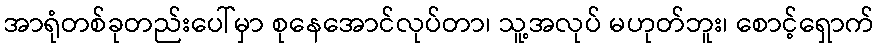
အာရုံတစ်ခုတည်းပေါ်မှာ စုနေအောင်လုပ်တာ၊ သူ့အလုပ် မဟုတ်ဘူး၊ စောင့်ရှောက်